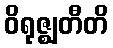
ဝိရုဇ္ဈတီတိ